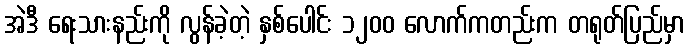
အဲဒီ ရေးသားနည်းကို လွန်ခဲ့တဲ့ နှစ်ပေါင်း ၁၂၀၀ လောက်ကတည်းက တရုတ်ပြည်မှာ